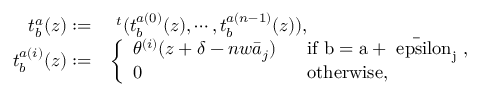
\begin{array} { r l } { { t _ { b } ^ { a } ( z ) : = } } & { { ~ ^ { t } ( t _ { b } ^ { a ( 0 ) } ( z ) , \cdots , t _ { b } ^ { a ( n - 1 ) } ( z ) ) , } } \\ { { t _ { b } ^ { a ( i ) } ( z ) : = } } & { { \left\{ \begin{array} { l l } { { \theta ^ { ( i ) } ( z + \delta - n w \bar { a } _ { j } ) ~ ~ } } & { { \mathrm { i f ~ b = a + \bar { \ e p s i l o n } _ { j } ~ , ~ } } } \\ { { 0 ~ ~ } } & { { \mathrm { o t h e r w i s e , } } } \end{array} \right. } } \end{array}